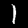
Digit: 1